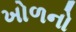
ખોળનો